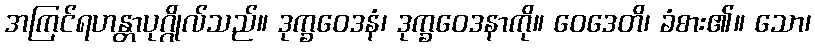
အကြင်ရဟန္တာပုဂ္ဂိုလ်သည်။ ဒုက္ခဝေဒနံ၊ ဒုက္ခဝေဒနာကို။ ဝေဒေတိ၊ ခံစား၏။ သော၊